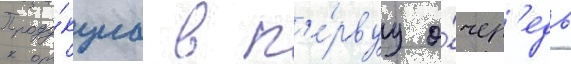
Проду́кциа в п'е́рвуу о́чер'едь